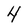
Character: 4